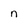
Character: n